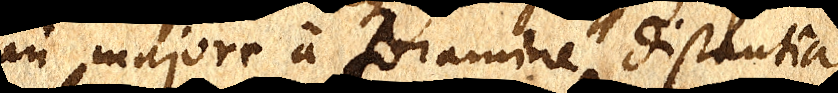
in majore a foramine distantia